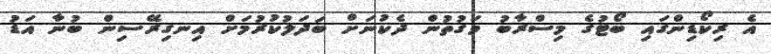
އެ ރިކޯޑިންގައި ބޯޓުގެ މިސްރާބު ވަގުތުން ދެކުނަށް ބަދަލުކުރުމަށް އިނގިރޭސިން ބުނާ އަޑު